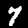
Digit: 7